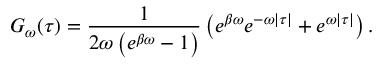
G _ { \omega } ( \tau ) = \frac { 1 } { 2 \omega \left( e ^ { \beta \omega } - 1 \right) } \left( e ^ { \beta \omega } e ^ { - \omega | \tau | } + e ^ { \omega | \tau | } \right) .